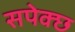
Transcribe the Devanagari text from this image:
सपेक्छ